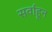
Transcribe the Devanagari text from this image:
सर्वाहून